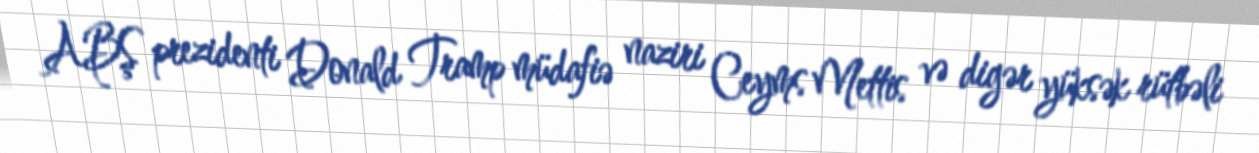
ABŞ prezidenti Donald Tramp müdafiə naziri Ceyms Mettis və digər yüksək rütbəli